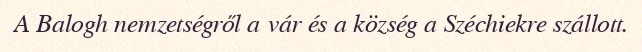
A Balogh nemzetségről a vár és a község a Széchiekre szállott.